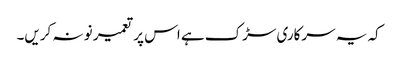
کہ یہ سرکاری سڑک ہے اس پر تعمیر نو نہ کریں۔